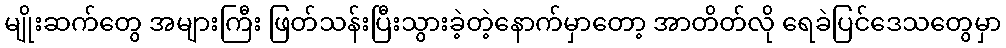
မျိုးဆက်တွေ အများကြီး ဖြတ်သန်းပြီးသွားခဲ့တဲ့နောက်မှာတော့ အာတိတ်လို ရေခဲပြင်ဒေသတွေမှာ